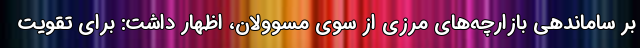
بر ساماندهی بازارچه‌های مرزی از سوی مسوولان، اظهار داشت: برای تقویت